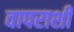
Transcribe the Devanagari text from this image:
वापराशी